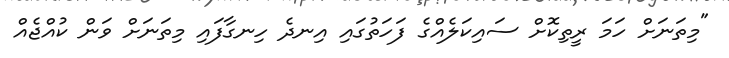
"މިތަނަށް ހަމަ ރީތިކޮށް ސައިކަލެއްގެ ފަހަތުގައި އިނދެ ހިނގާފައި މިތަނަށް ވަން ކުއްޖެއް